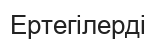
Ертегілерді